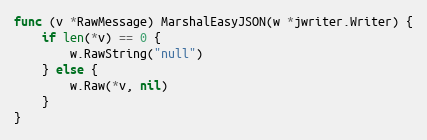
Language: Go
func (v *RawMessage) MarshalEasyJSON(w *jwriter.Writer) {
	if len(*v) == 0 {
		w.RawString("null")
	} else {
		w.Raw(*v, nil)
	}
}